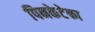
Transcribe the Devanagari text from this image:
पिनकेटेका